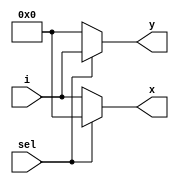
module demux_1_2 (i,sel,x,y);
  input [15:0] i;
  input sel;
  output [15:0] x, y;

  assign x = (sel == 1'b0) ? i : 16'b0;
  assign y = (sel == 1'b0) ? 16'b0 : i;

endmodule